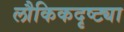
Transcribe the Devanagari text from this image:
लौकिकदृष्ट्या